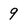
Character: 9